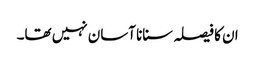
ان کا فیصلہ سنانا آسان نہیں تھا۔